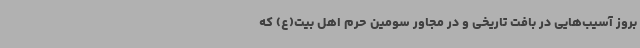
بروز آسیب‌هایی در بافت تاریخی و در مجاور سومین حرم اهل بیت(ع) که